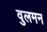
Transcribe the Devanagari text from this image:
वुलमन